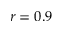
r = 0 . 9